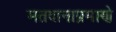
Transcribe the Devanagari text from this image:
मतदानाप्रमाणे